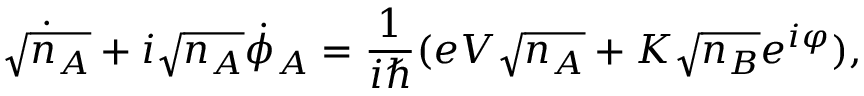
{ \dot { \sqrt { n _ { A } } } } + i { \sqrt { n _ { A } } } { \dot { \phi } } _ { A } = { \frac { 1 } { i \hbar } } ( e V { \sqrt { n _ { A } } } + K { \sqrt { n _ { B } } } e ^ { i \varphi } ) ,